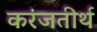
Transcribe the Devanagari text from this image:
करंजतीर्थ